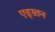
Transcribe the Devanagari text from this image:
एड्ग्र्तन